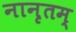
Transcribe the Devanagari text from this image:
नानृतम्